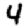
Digit: 4